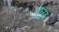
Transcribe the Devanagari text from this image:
थुलुठ